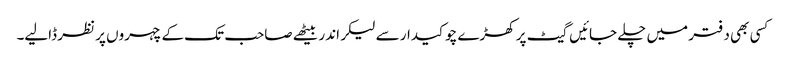
کسی بھی دفتر میں چلے جائیں گیٹ پر کھڑے چوکیدار سے لیکر اندر بیٹھے صاحب تک کے چہروں پر نظر ڈالیے۔